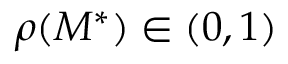
\rho ( M ^ { \ast } ) \in ( 0 , 1 )